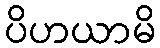
ပိဟယာမိ